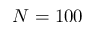
N = 1 0 0